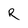
Character: R